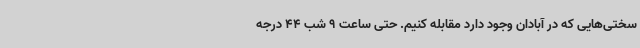
سختی‌هایی که در آبادان وجود دارد مقابله کنیم. حتی ساعت 9 شب 44 درجه